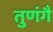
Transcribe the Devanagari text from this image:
तुणंगै